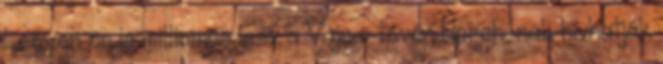
Legyen ön is milliomos lesz a Vajna-tévén Horch-nak hívhatják